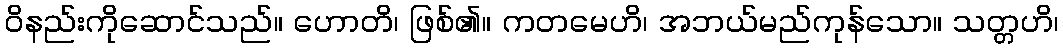
ဝိနည်းကိုဆောင်သည်။ ဟောတိ၊ ဖြစ်၏။ ကတမေဟိ၊ အဘယ်မည်ကုန်သော။ သတ္တဟိ၊